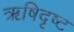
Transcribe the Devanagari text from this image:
ऋषिदृष्ट